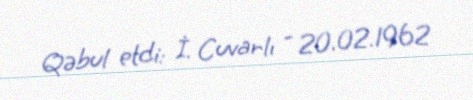
Qəbul etdi: İ. Cuvarlı - 20.02.1962